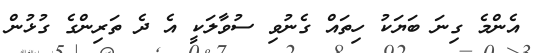
އެންމެ ގިނަ ބަޔަކު ހިތައް ގެނުވި ސުވާލަކީ އެ ދެ ތަރިންގެ ގުޅުން